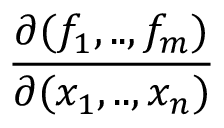
\frac { \partial ( f _ { 1 } , . . , f _ { m } ) } { \partial ( x _ { 1 } , . . , x _ { n } ) }